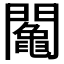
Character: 𨷍